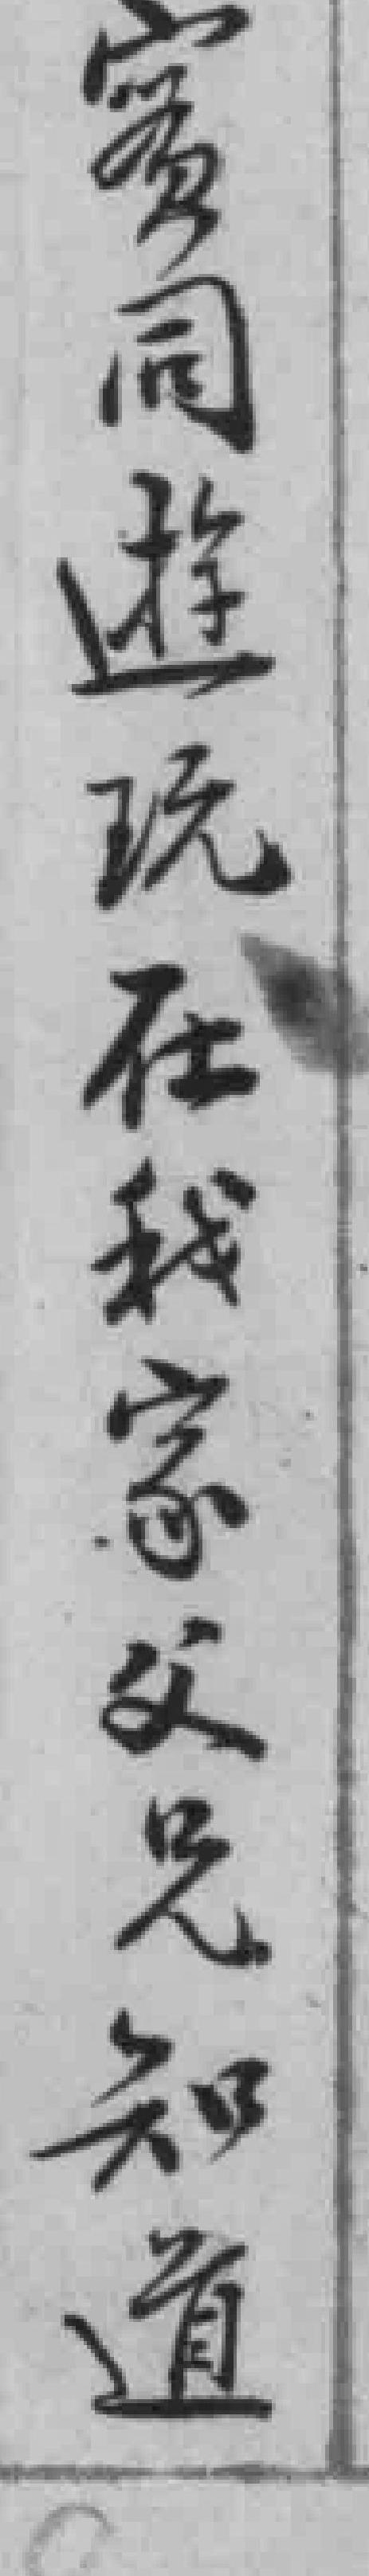
實同游玩在我家父兄知道